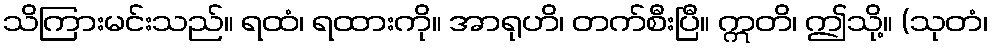
သိကြားမင်းသည်။ ရထံ၊ ရထားကို။ အာရုဟိ၊ တက်စီးပြီ။ ဣတိ၊ ဤသို့။ (သုတံ၊